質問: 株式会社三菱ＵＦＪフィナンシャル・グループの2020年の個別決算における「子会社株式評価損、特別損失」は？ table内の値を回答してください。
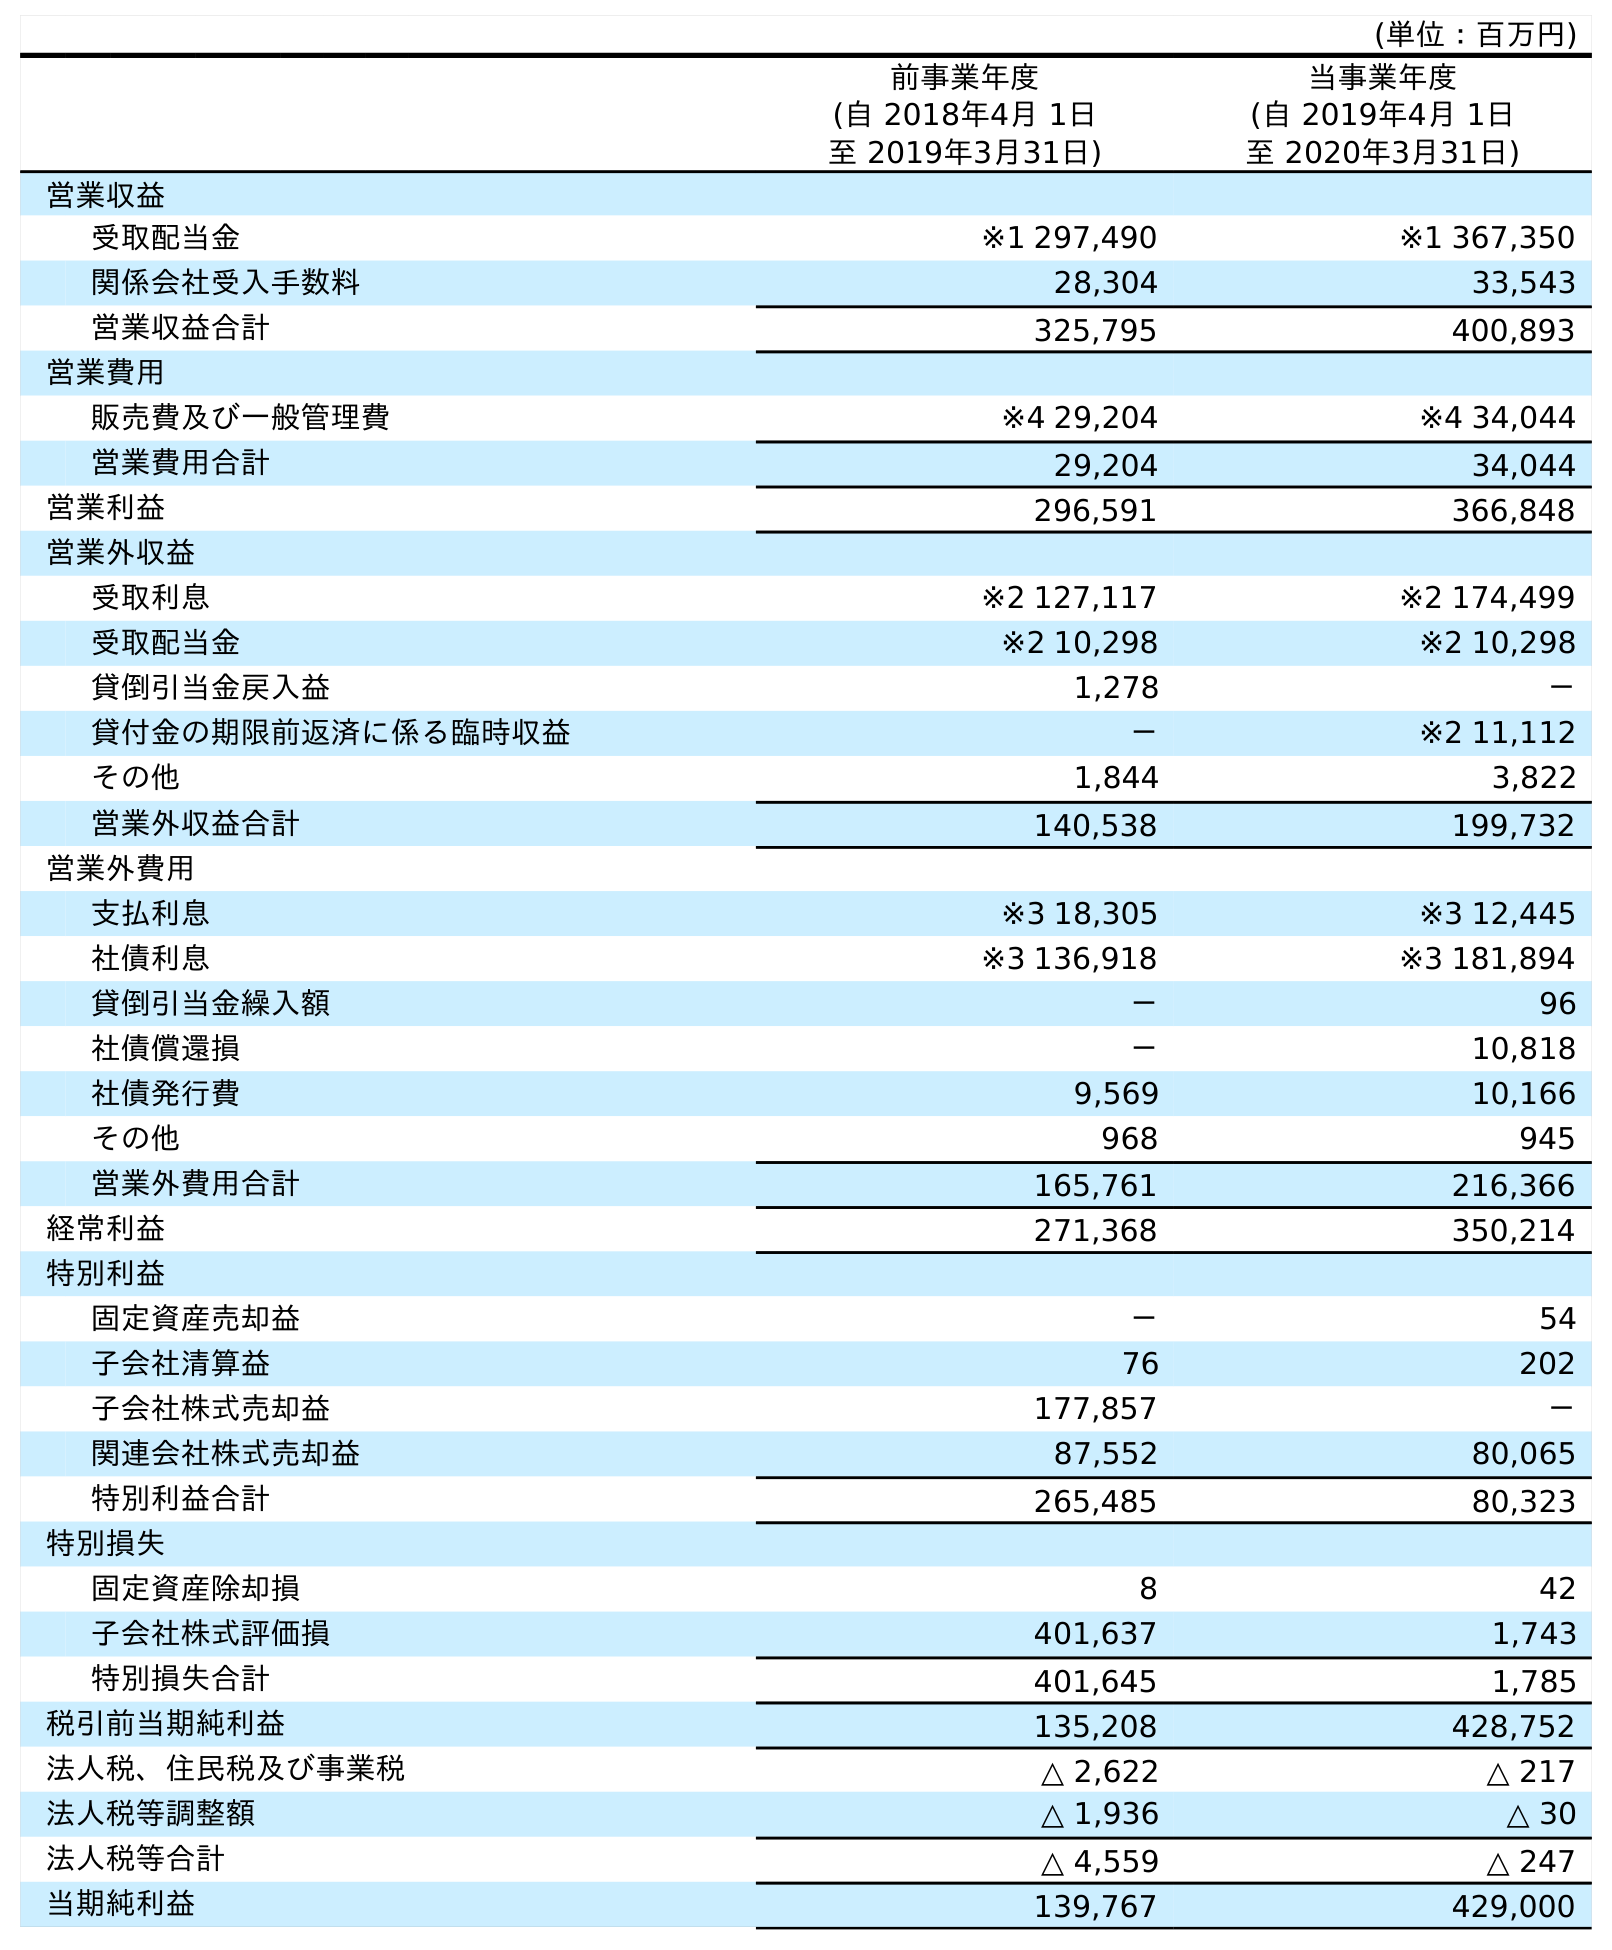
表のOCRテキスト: (単位：百万円) 前事業年度 (自 2018年4月 1日 至 2019年3月31日) 当事業年度 (自 2019年4月 1日 至 2020年3月31日) 営業収益 受取配当金 ※1 297,490 ※1 367,350 関係会社受入手数料 28,304 33,543 営業収益合計 325,795 400,893 営業費用 販売費及び一般管理費 ※4 29,204 ※4 34,044 営業費用合計 29,204 34,044 営業利益 296,591 366,848 営業外収益 受取利息 ※2 127,117 ※2 174,499 受取配当金 ※2 10,298 ※2 10,298 貸倒引当金戻入益 1,278 － 貸付金の期限前返済に係る臨時収益 － ※2 11,112 その他 1,844 3,822 営業外収益合計 140,538 199,732 営業外費用 支払利息 ※3 18,305 ※3 12,445 社債利息 ※3 136,918 ※3 181,894 貸倒引当金繰入額 － 96 社債償還損 － 10,818 社債発行費 9,569 10,166 その他 968 945 営業外費用合計 165,761 216,366 経常利益 271,368 350,214 特別利益 固定資産売却益 － 54 子会社清算益 76 202 子会社株式売却益 177,857 － 関連会社株式売却益 87,552 80,065 特別利益合計 265,485 80,323 特別損失 固定資産除却損 8 42 子会社株式評価損 401,637 1,743 特別損失合計 401,645 1,785 税引前当期純利益 135,208 428,752 法人税、住民税及び事業税 △ 2,622 △ 217 法人税等調整額 △ 1,936 △ 30 法人税等合計 △ 4,559 △ 247 当期純利益 139,767 429,000
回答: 1,743